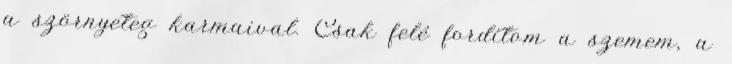
a szörnyeteg karmaival. Csak felé fordítom a szemem, a